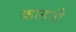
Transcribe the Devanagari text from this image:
कातती